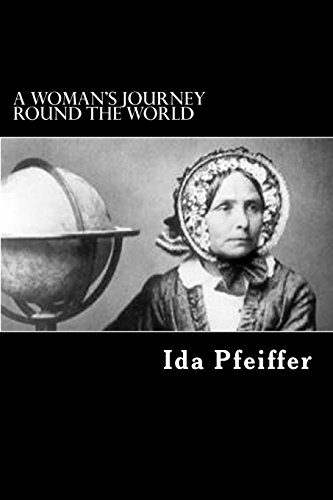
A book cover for A Woman's Journey Round the World: From Vienna to Brazil, Chili, Tahiti, China, Hindostan, Persia, and Asia Minor; Ida Pfeiffer; Travel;